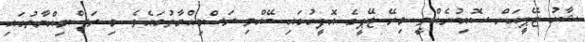
ޝާހު ޖޭޕީއަށް ސޮއިކުރެއްވީ މިރޭ ޖޭޕީގެ އޮފީހުގައި ބޭއްވި ރަސްމިއްޔާތުގައެވެ. މި ރަސްމިއްޔާތުގައި